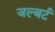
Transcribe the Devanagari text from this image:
जल्बर्ट